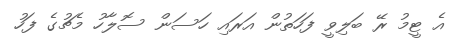
އެ ޓީމު ރޭ ބަލިވީ ފަހަތުން އަރައި ހަސަން ސޮލާހު މެޗުގެ ފަހު